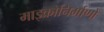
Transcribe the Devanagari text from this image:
माइक्रोनिर्माणों